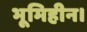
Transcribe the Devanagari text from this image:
भूमिहीन।